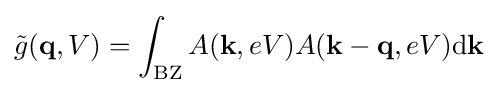
{\tilde {g}}(\mathbf {q} ,V)=\int _{\mathrm {BZ} }A(\mathbf {k} ,eV)A(\mathbf {k} -\mathbf {q} ,eV)\mathrm {d} \mathbf {k}